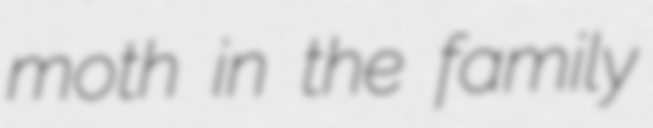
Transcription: moth in the family